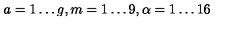
a = 1 \ldots g , m = 1 \ldots 9 , \alpha = 1 \ldots 1 6